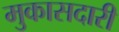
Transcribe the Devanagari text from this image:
मुकासदारी